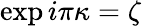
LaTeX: \exp i\pi\kappa=\zeta